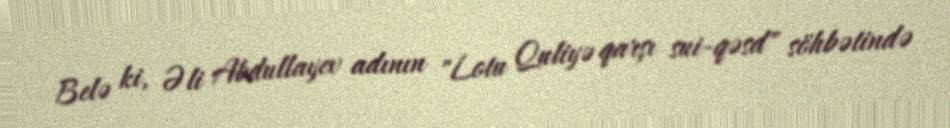
Belə ki, Əli Abdullayev adının "Lotu Quliyə qarşı sui-qəsd" söhbətində